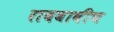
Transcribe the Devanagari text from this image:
राबवावीच